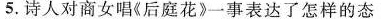
5.诗人对商女唱《后庭花》一事表达了怎样的态